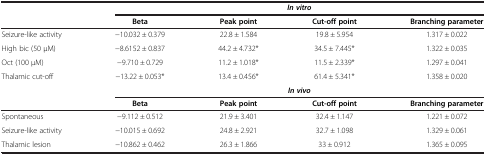
|  | <COLSPAN=4> In vitro |
 |  | Beta | Peak point | Cut-off point | Branching parameter |
 | --- | --- | --- | --- | --- |
 | Seizure-like activity | −10.032 ± 0.379 | 22.8 ± 1.584 | 19.8 ± 5.954 | 1.317 ± 0.022 |
 | High bic (50 μM) | −8.6152 ± 0.837 | 44.2 ± 4.732* | 34.5 ± 7.445* | 1.322 ± 0.035 |
 | Oct (100 μM) | −9.710 ± 0.729 | 11.2 ± 1.018* | 11.5 ± 2.339* | 1.297 ± 0.041 |
 | Thalamic cut-off | −13.22 ± 0.053* | 13.4 ± 0.456* | 61.4 ± 5.341* | 1.358 ± 0.020 |
 |  | <COLSPAN=4> In vivo |
 |  | Beta | Peak point | Cut-off point | Branching parameter |
 | Spontaneous | −9.112 ± 0.512 | 21.9 ± 3.401 | 32.4 ± 1.147 | 1.221 ± 0.072 |
 | Seizure-like activity | −10.015 ± 0.692 | 24.8 ± 2.921 | 32.7 ± 1.098 | 1.329 ± 0.061 |
 | Thalamic lesion | −10.862 ± 0.462 | 26.3 ± 1.866 | 33 ± 0.912 | 1.365 ± 0.095 |